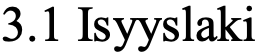
3.1 Isyyslaki